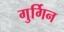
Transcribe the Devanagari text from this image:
गुर्गिन